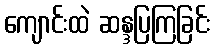
ကျောင်းထဲ ဆန္ဒပြကြခြင်း